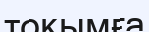
тоқымға